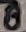
Text: 8